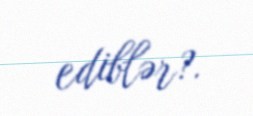
ediblər?.